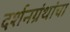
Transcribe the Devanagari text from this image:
दर्शनग्रंथांचा